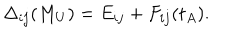
{ \Delta _ { i j } ( M _ { U } ) = { E _ { i j } } + F _ { i j } ( t _ { A } ) } .